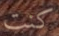
كنت